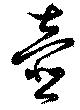
壷